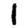
Digit: 1